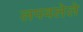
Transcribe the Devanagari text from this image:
लपवलेले